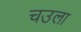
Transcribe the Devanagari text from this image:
चउला